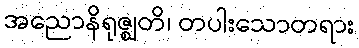
အညောနိရုဇ္ဈတိ၊ တပါးသောတရား